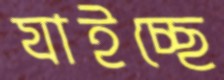
যাইচ্ছে